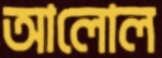
আলোল